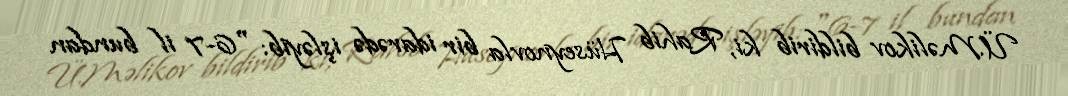
Ü.Məlikov bildirib ki, Rahib Hüseynovla bir idarədə işləyib: "6-7 il bundan